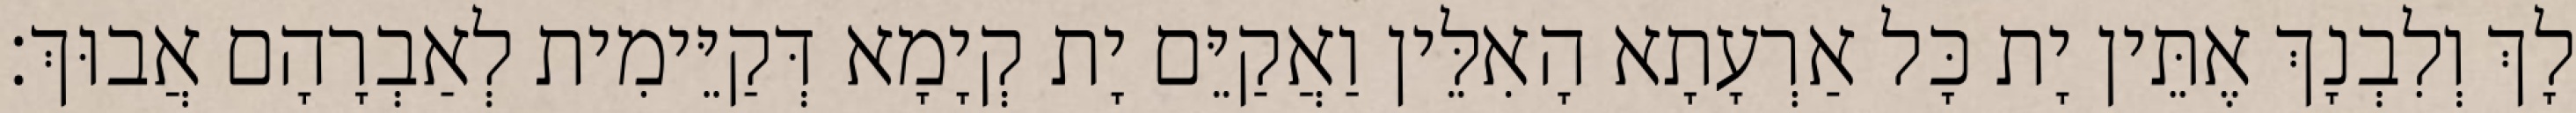
לָךְ וְלִבְנָךְ אֶתֵּין יָת כָּל אַרְעָתָא הָאִלֵּין וַאֲקַיֵּם יָת קְיָמָא דְּקַיֵּימִית לְאַבְרָהָם אֲבוּךְ׃